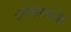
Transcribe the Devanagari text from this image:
ॲप्पलकडे